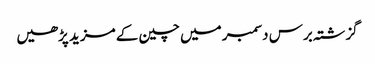
گزشتہ برس دسمبر میں چین کے مزید پڑھیں